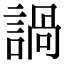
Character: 諣